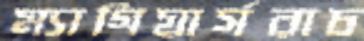
ম্যাগিয়ার্সরাচ